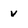
Character: v